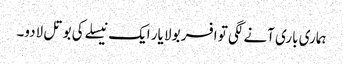
ہماری باری آنے لگی تو افسر بولا یار ایک نیسلے کی بوتل لادو۔